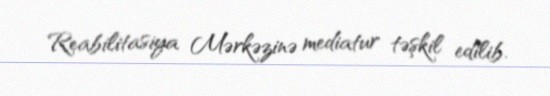
Reabilitasiya Mərkəzinə mediatur təşkil edilib.